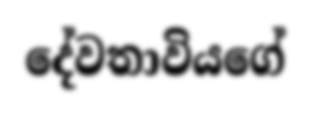
දේවතාවියගේ